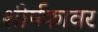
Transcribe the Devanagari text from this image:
शीर्षकावर